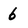
Character: 6